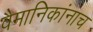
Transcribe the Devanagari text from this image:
वैमानिकांनाच